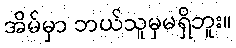
အိမ်မှာ ဘယ်သူမှမရှိဘူး။